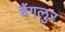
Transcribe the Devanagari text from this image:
बैंगलुर